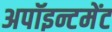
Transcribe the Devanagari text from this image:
अपॉइन्टमेंट